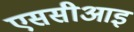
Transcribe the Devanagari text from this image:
एससीआइ